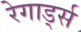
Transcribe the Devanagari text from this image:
रेगार्ड्स